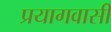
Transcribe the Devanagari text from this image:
प्रयागवासी